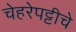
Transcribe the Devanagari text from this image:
चेहरेपट्टीचे